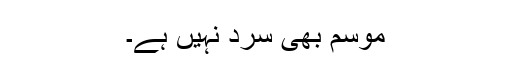
موسم بھی سرد نہیں ہے۔